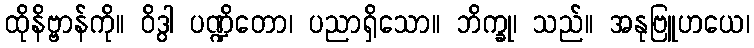
ထိုနိဗ္ဗာန်ကို။ ဝိဒွါ ပဏ္ဍိတော၊ ပညာရှိသော။ ဘိက္ခု၊ သည်။ အနုဗြူဟယေ၊